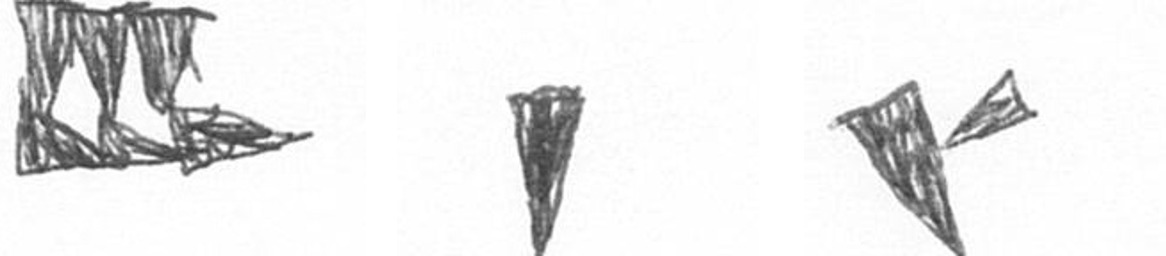
D J F